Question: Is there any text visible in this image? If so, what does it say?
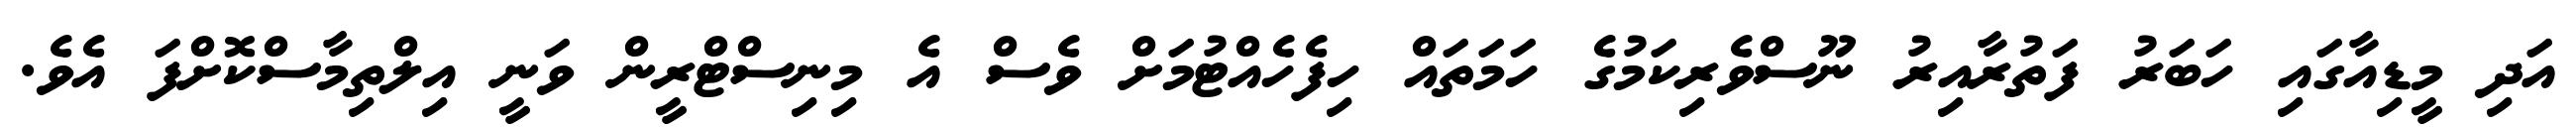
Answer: އަދި މީޑިއާގައި ހަބަރު ފަތުރާއިރު ނޫސްވެރިކަމުގެ ހަމަތައް ހިފެހެއްޓުމަށް ވެސް އެ މިނިސްޓްރީން ވަނީ އިލްތިމާސްކޮށްފަ އެވެ.